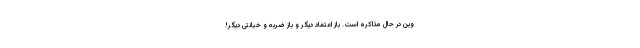
وین در حال مذاکره است. باز اعتماد دیگر و باز ضربه و خیانتی دیگر!